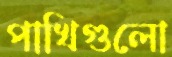
পাখিগুলো